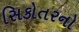
સિકોતરનો